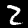
Label: 2